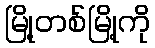
မြို့တစ်မြို့ကို